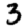
Digit: 3